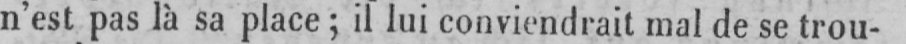
n’est pas là sa place; il lui conviendrait mal de se trou-